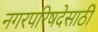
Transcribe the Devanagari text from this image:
नगरपरिषदेसाठी